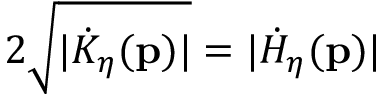
2 \sqrt { \vert \dot { K } _ { \eta } ( \mathbf { p } ) \vert } = \vert \dot { H } _ { \eta } ( \mathbf { p } ) \vert